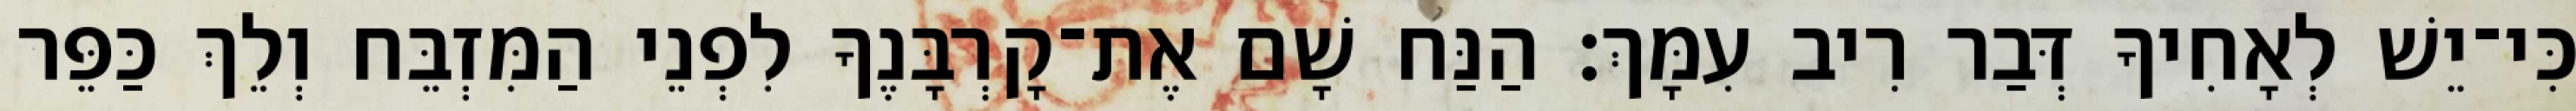
כִּי־יֵשׁ לְאָחִיךָ דְּבַר רִיב עִמָּךְ׃ הַנַּח שָׁם אֶת־קָרְבָּנֶךָ לִפְנֵי הַמִּזְבֵּח וְלֵךְ כַּפֵּר